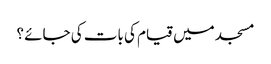
مسجد میں قیام کی بات کی جائے ؟